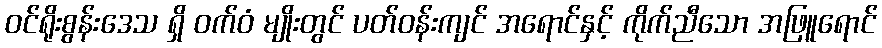
ဝင်ရိုးစွန်းဒေသ ရှိ ဝက်ဝံ မျိုးတွင် ပတ်ဝန်းကျင် အရောင်နှင့် ကိုက်ညီသော အဖြူရောင်